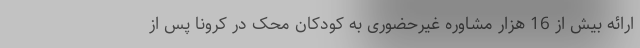
ارائه بیش از 16 هزار مشاوره غیرحضوری به کودکان محک در کرونا پس از